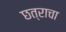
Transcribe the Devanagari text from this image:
छत्राचा